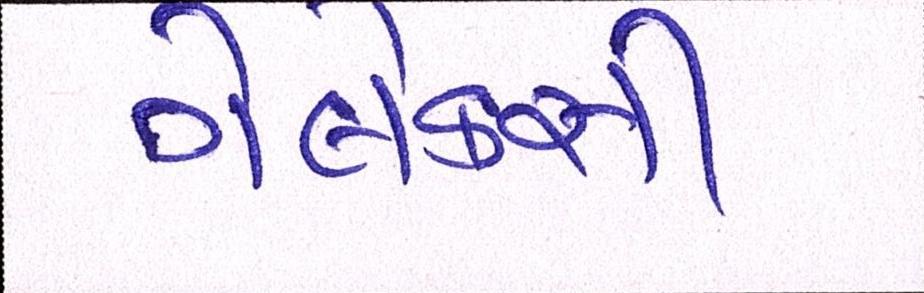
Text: ગેલેક્સી